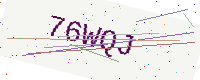
Text: 76WQJ